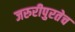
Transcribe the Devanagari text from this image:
जरुरीपुरतेच